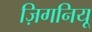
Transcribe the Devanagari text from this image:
ज़िगनियू